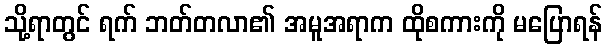
သို့ရာတွင် ရက် ဘတ်တလာ၏ အမူအရာက ထိုစကားကို မပြောရန်